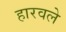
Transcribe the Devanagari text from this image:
हारवले